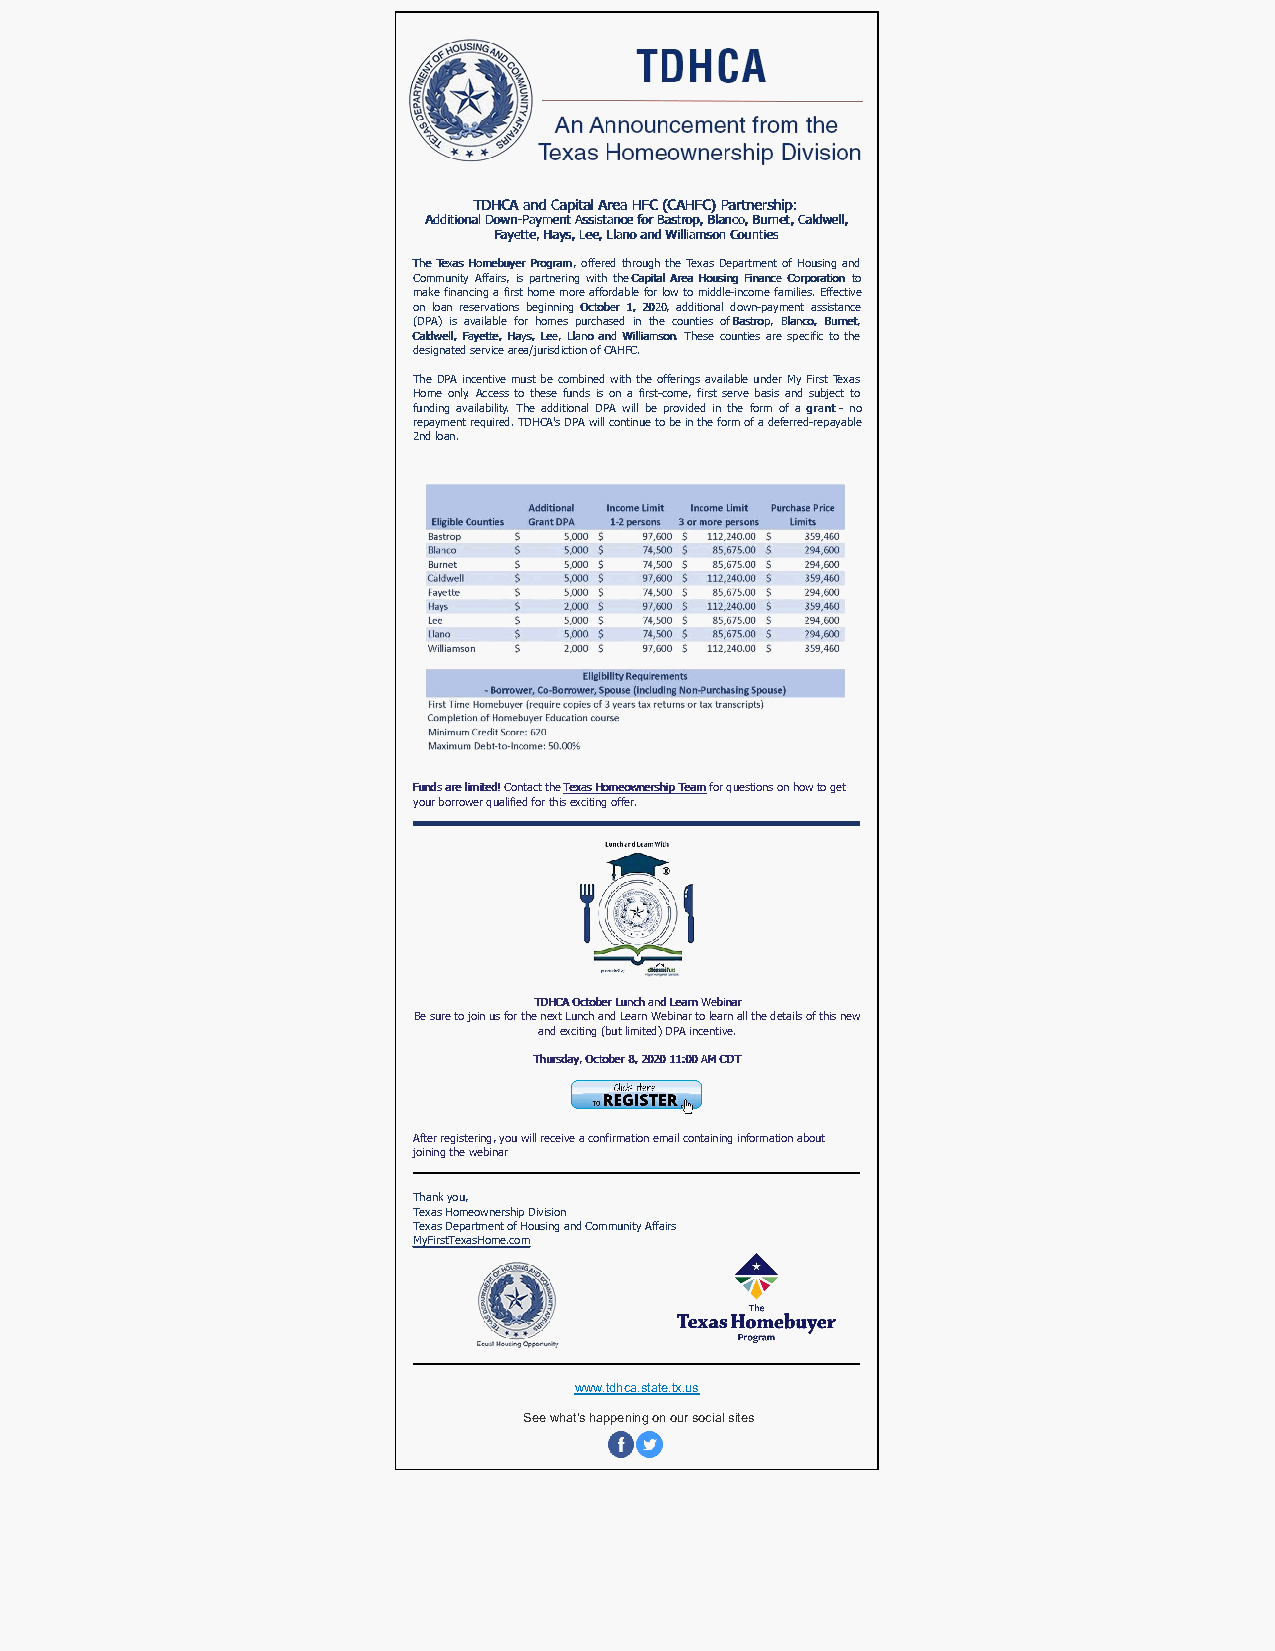
TTDDHHCCAA aanndd CCaappiittaall AArreeaa HHFFCC ((CCAAHHFFCC)) PPaarrttnneerrsshhiipp::
 AAddddiittiioonnaall DDoowwnn--PPaayymmeenntt AAssssiissttaannccee ffoorr BBaassttrroopp,, BBllaannccoo,, BBuurrnneett,, CCaallddwweellll,,
 FFaayyeettttee,, HHaayyss,, LLeeee,, LLllaannoo aanndd WWiilllliiaammssoonn CCoouunnttiieess
 TThhee TTeexxaass HHoommeebbuuyyeerr PPrrooggrraamm, offered through the Texas Department of Housing and
 Community Affairs, is partnering with the CCaappiittaall AArreeaa HHoouussiinngg FFiinnaannccee CCoorrppoorraattiioonn to
 make financing a first home more affordable for low to middle-income families. Effective
 on loan reservations beginning OOccttoobbeerr 11,, 22002200, additional down-payment assistance
 (DPA) is available for homes purchased in the counties of BBaassttrroopp,, BBllaannccoo,, BBuurrnneett,,
 CCaallddwweellll,, FFaayyeettttee,, HHaayyss,, LLeeee,, LLllaannoo aanndd WWiilllliiaammssoonn. These counties are specific to the
 designated service area/jurisdiction of CAHFC.
 The DPA incentive must be combined with the offerings available under My First Texas
 Home only. Access to these funds is on a first-come, first serve basis and subject to
 funding availability. The additional DPA will be provided in the form of a ggrraanntt - no
 repayment required. TDHCA's DPA will continue to be in the form of a deferred-repayable
 2nd loan.
 FFuunnddss aarree lliimmiitteedd!! Contact the TTeexxaass HHoommeeoowwnneerrsshhiipp TTeeaamm for questions on how to get
 your borrower qualified for this exciting offer.
 TTDDHHCCAA OOccttoobbeerr LLuunncchh aanndd LLeeaarrnn WWeebbiinnaarr
 Be sure to join us for the next Lunch and Learn Webinar to learn all the details of this new
 and exciting (but limited) DPA incentive.
 TThhuurrssddaayy,, OOccttoobbeerr 88,, 22002200 1111::0000 AAMM CCDDTT
 After registering, you will receive a confirmation email containing information about
 joining the webinar
 Thank you,
 Texas Homeownership Division
 Texas Department of Housing and Community Affairs
 MyFirstTexasHome.com
 www.tdhca.state.tx.us
 See what's happening on our social sites
 ​ ​